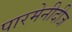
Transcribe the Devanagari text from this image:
पारमेनीदीज